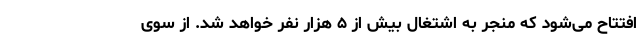
افتتاح می‌شود که منجر به اشتغال بیش از ۵ هزار نفر خواهد شد. از سوی